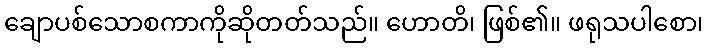
ချောပစ်သောစကာကိုဆိုတတ်သည်။ ဟောတိ၊ ဖြစ်၏။ ဖရုသပါစော၊